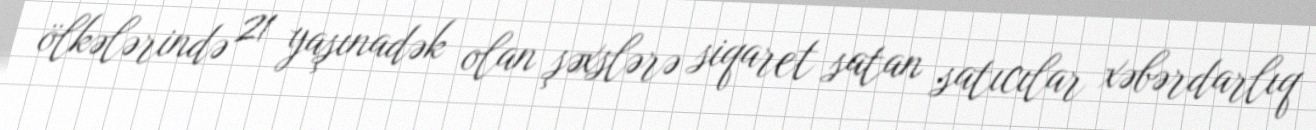
ölkələrində 21 yaşınadək olan şəxslərə siqaret satan satıcılar xəbərdarlıq